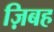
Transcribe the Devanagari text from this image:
ज़िबह